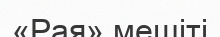
«Рая» мешіті